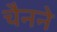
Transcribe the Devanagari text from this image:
चैनने